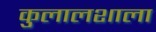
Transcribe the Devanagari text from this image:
कुलालशाला